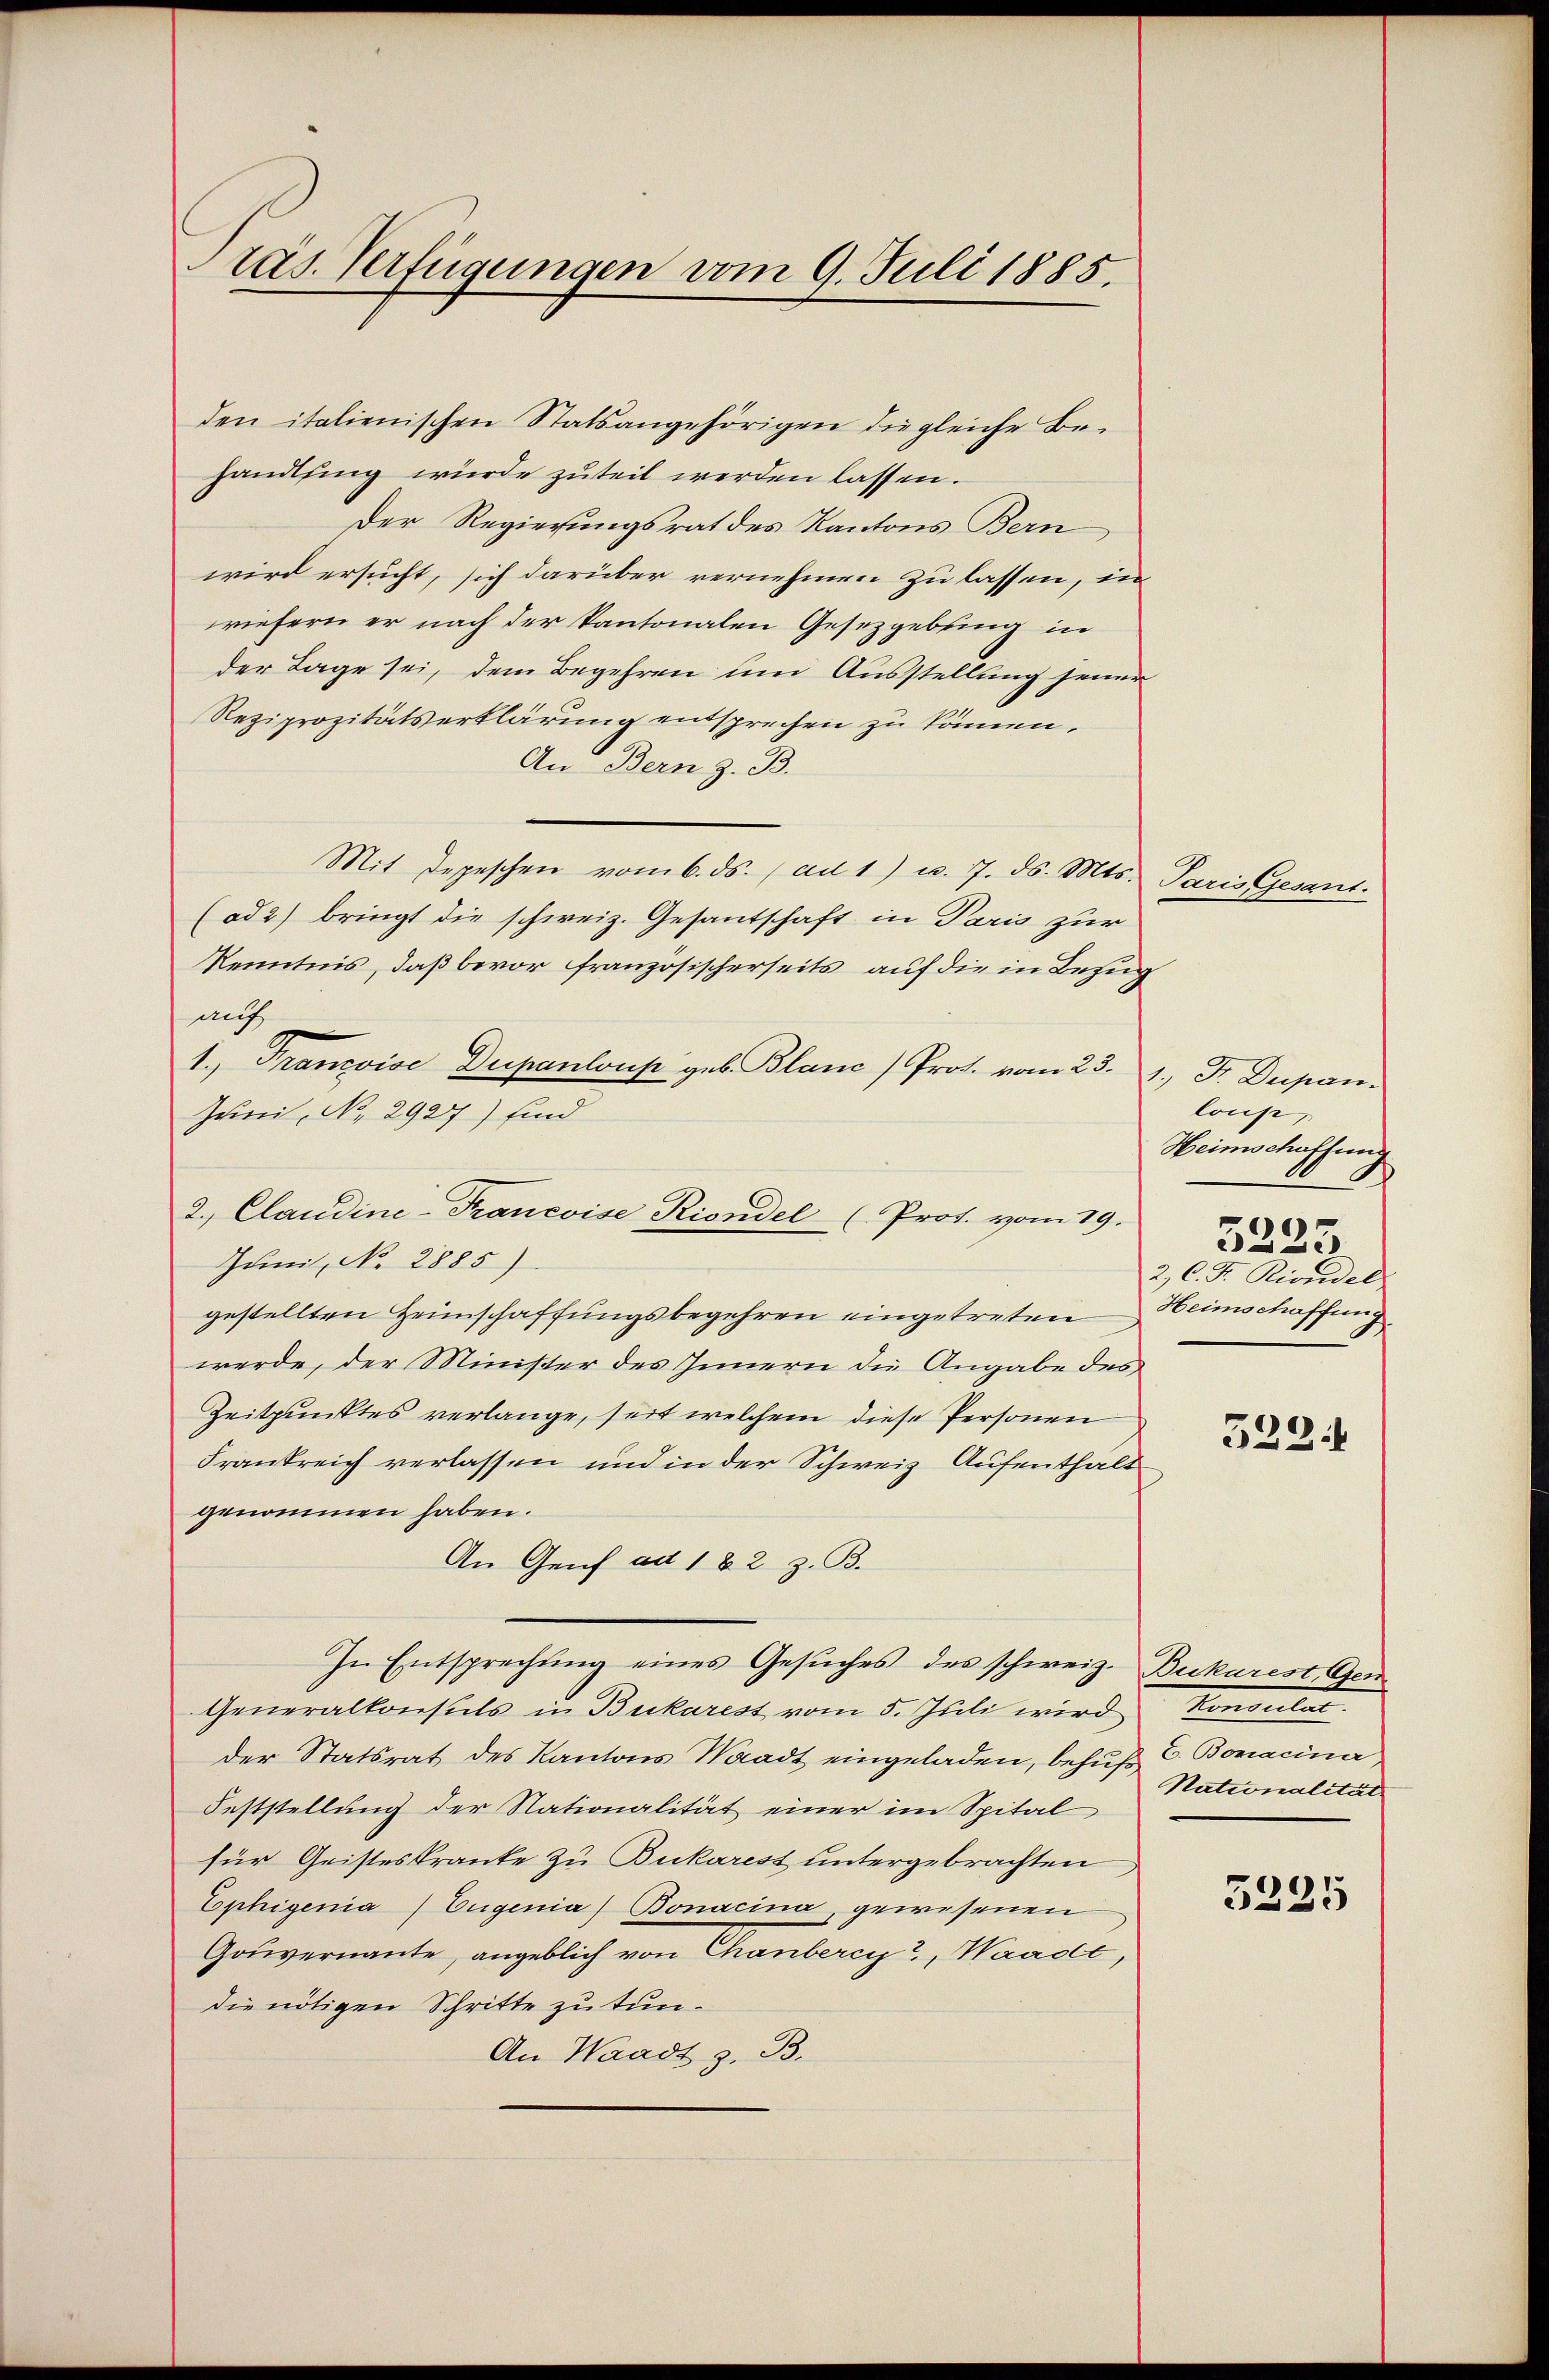
räs. Verfügungen vom 9. Juli 1885.

den italienischen Statsangehörigen die gleiche Be-
handlung wurde zuteil werden lassen.
Der Regierungsrat des Kantons Bern
wird ersucht, sich darüber vernehmen zu lassen, in
wiefern er nach der kantonalen Gesetzgebung in
der Lage sei, dem Begehren um Ausstellung jener
Reziprozitätserklärung entsprechen zu können.
An Bern z. B.
Mit Depeschen vom 6. ds. (ad 1) u. 7. ds. Mts.
(ad 2) bringt die schweiz. Gesantschaft in Paris zur
Kenntnis, daß bevor französischerseits auf die in Bezug
auf
1. Francoise Dupanloup geb. Blanc /Prot. vom 23. 1. Fr. Dupan¬
Juni, No. 2927) sind
Juni, No 2885).
gestellten Heimschaffungsbegehren eingetreten
werde, der Minister des Innern die Angabe des
Zeitpunktes verlange, seit welchem diese Personen
Frankreich verlassen und in der Schweiz. Aufenthalt
genommen haben.
An Genf ad 182 z. B.
In Entsprechung eines Gesuches des schweiz. Bukarest, Gen
Generalkonsuls in Bukarest vom 5. Juli wird Konsulat
der Statsrat des Kantons Waadt eingeladen, behufs E. Bonacina
Feststellung der Nationalität einer im Spital
für Geisteskranke zu Bukarest untergebrachten
Ephigenia Eugenia) Bonacina, gewesenen
Gouvernannte, angeblich von Chanbercy, Waadt,
die nötigen Schritte zu tun¬
An Waadt z. B.

2. Claudine-Francoise Riondel (Prot. vom 19.

Paris Gesant.

loup
Heimschaffung
5225
2, C. F. Rindel
Heimschaffung.

522.

Nationalität

5235